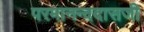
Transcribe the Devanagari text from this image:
परमानन्ददासजी